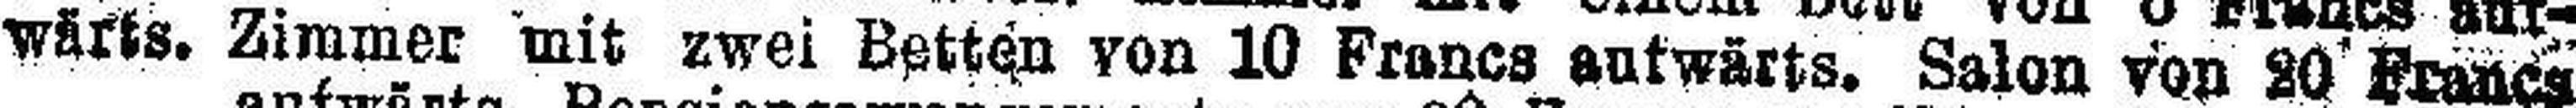
wärts. Zimmer mit zwei Betten von 10 Francs aufwärts. Salon von 20 Francs